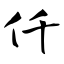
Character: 仟